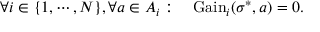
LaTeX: \forall i \in \{ 1 , \cdots , N \} , \forall a \in A _ { i } : \quad { \mathrm { G a i n } } _ { i } ( \sigma ^ { * } , a ) = 0 .